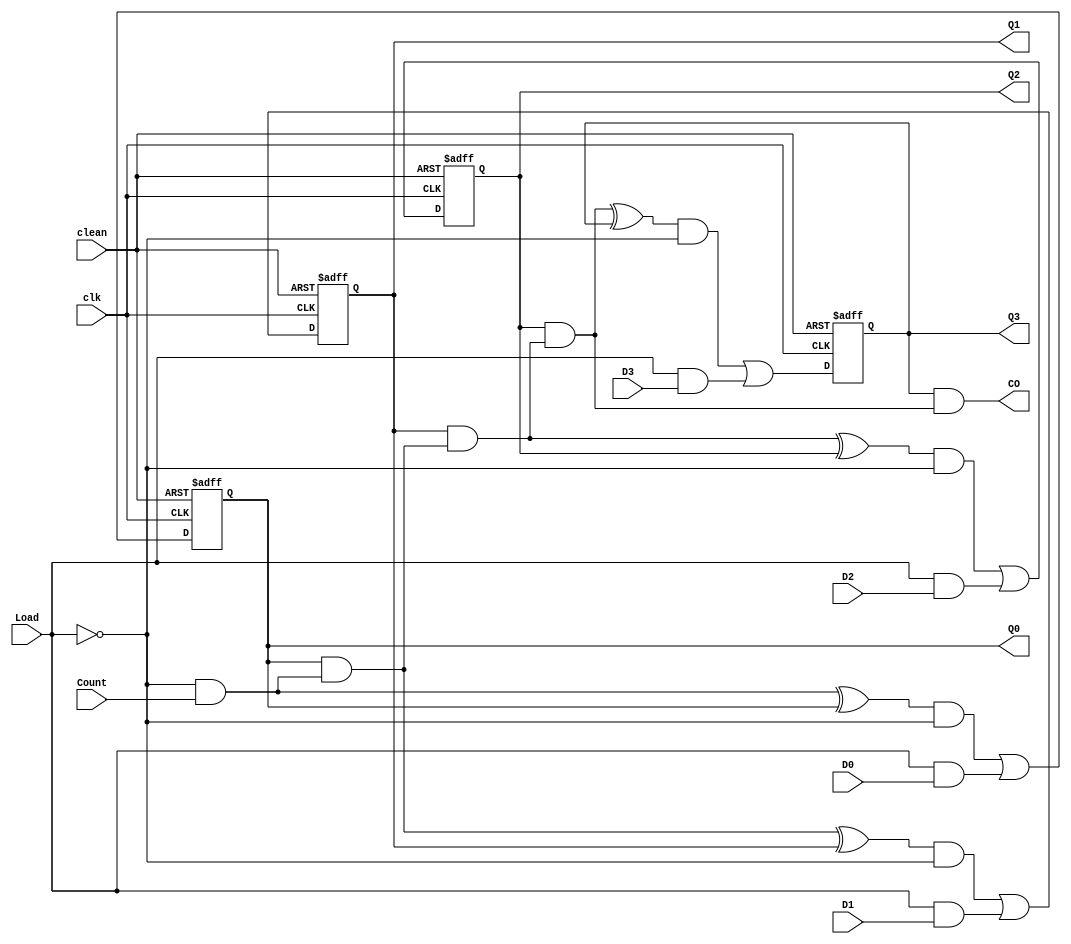
// Copyright (C) 1991-2010 Altera Corporation
// Your use of Altera Corporation's design tools, logic functions 
// and other software and tools, and its AMPP partner logic 
// functions, and any output files from any of the foregoing 
// (including device programming or simulation files), and any 
// associated documentation or information are expressly subject 
// to the terms and conditions of the Altera Program License 
// Subscription Agreement, Altera MegaCore Function License 
// Agreement, or other applicable license agreement, including, 
// without limitation, that your use is for the sole purpose of 
// programming logic devices manufactured by Altera and sold by 
// Altera or its authorized distributors.  Please refer to the 
// applicable agreement for further details.

// PROGRAM		"Quartus II"
// VERSION		"Version 10.0 Build 218 06/27/2010 SJ Web Edition"
// CREATED		"Fri Oct 25 15:17:14 2019"

module counter(
	Load,
	Count,
	clk,
	D0,
	D1,
	D2,
	D3,
	clean,
	Q0,
	Q1,
	Q2,
	Q3,
	CO
);


input wire	Load;
input wire	Count;
input wire	clk;
input wire	D0;
input wire	D1;
input wire	D2;
input wire	D3;
input wire	clean;
output wire	Q0;
output wire	Q1;
output wire	Q2;
output wire	Q3;
output wire	CO;

wire	SYNTHESIZED_WIRE_0;
wire	SYNTHESIZED_WIRE_1;
wire	SYNTHESIZED_WIRE_2;
wire	SYNTHESIZED_WIRE_29;
wire	SYNTHESIZED_WIRE_4;
wire	SYNTHESIZED_WIRE_6;
wire	SYNTHESIZED_WIRE_8;
reg	SYNTHESIZED_WIRE_30;
wire	SYNTHESIZED_WIRE_31;
wire	SYNTHESIZED_WIRE_12;
reg	SYNTHESIZED_WIRE_32;
wire	SYNTHESIZED_WIRE_33;
wire	SYNTHESIZED_WIRE_34;
reg	SYNTHESIZED_WIRE_35;
wire	SYNTHESIZED_WIRE_36;
reg	SYNTHESIZED_WIRE_37;
wire	SYNTHESIZED_WIRE_20;
wire	SYNTHESIZED_WIRE_21;
wire	SYNTHESIZED_WIRE_22;
wire	SYNTHESIZED_WIRE_23;
wire	SYNTHESIZED_WIRE_24;
wire	SYNTHESIZED_WIRE_25;
wire	SYNTHESIZED_WIRE_26;
wire	SYNTHESIZED_WIRE_27;
wire	SYNTHESIZED_WIRE_28;

assign	Q0 = SYNTHESIZED_WIRE_30;
assign	Q1 = SYNTHESIZED_WIRE_32;
assign	Q2 = SYNTHESIZED_WIRE_35;
assign	Q3 = SYNTHESIZED_WIRE_37;




always@(posedge clk or negedge clean)
begin
if (!clean)
	begin
	SYNTHESIZED_WIRE_30 = 0;
	end
else
	begin
	SYNTHESIZED_WIRE_30 = SYNTHESIZED_WIRE_0;
	end
end


always@(posedge clk or negedge clean)
begin
if (!clean)
	begin
	SYNTHESIZED_WIRE_32 = 0;
	end
else
	begin
	SYNTHESIZED_WIRE_32 = SYNTHESIZED_WIRE_1;
	end
end

assign	SYNTHESIZED_WIRE_21 = SYNTHESIZED_WIRE_2 & SYNTHESIZED_WIRE_29;

assign	SYNTHESIZED_WIRE_24 = Load & D1;

assign	SYNTHESIZED_WIRE_23 = SYNTHESIZED_WIRE_4 & SYNTHESIZED_WIRE_29;

assign	SYNTHESIZED_WIRE_26 = Load & D2;

assign	SYNTHESIZED_WIRE_25 = SYNTHESIZED_WIRE_6 & SYNTHESIZED_WIRE_29;

assign	SYNTHESIZED_WIRE_28 = Load & D3;

assign	SYNTHESIZED_WIRE_27 = SYNTHESIZED_WIRE_8 & SYNTHESIZED_WIRE_29;

assign	SYNTHESIZED_WIRE_29 =  ~Load;

assign	SYNTHESIZED_WIRE_31 = SYNTHESIZED_WIRE_29 & Count;

assign	SYNTHESIZED_WIRE_33 = SYNTHESIZED_WIRE_30 & SYNTHESIZED_WIRE_31;


always@(posedge clk or negedge clean)
begin
if (!clean)
	begin
	SYNTHESIZED_WIRE_35 = 0;
	end
else
	begin
	SYNTHESIZED_WIRE_35 = SYNTHESIZED_WIRE_12;
	end
end

assign	SYNTHESIZED_WIRE_34 = SYNTHESIZED_WIRE_32 & SYNTHESIZED_WIRE_33;

assign	SYNTHESIZED_WIRE_2 = SYNTHESIZED_WIRE_31 ^ SYNTHESIZED_WIRE_30;

assign	SYNTHESIZED_WIRE_4 = SYNTHESIZED_WIRE_33 ^ SYNTHESIZED_WIRE_32;

assign	SYNTHESIZED_WIRE_6 = SYNTHESIZED_WIRE_34 ^ SYNTHESIZED_WIRE_35;

assign	SYNTHESIZED_WIRE_8 = SYNTHESIZED_WIRE_36 ^ SYNTHESIZED_WIRE_37;

assign	SYNTHESIZED_WIRE_36 = SYNTHESIZED_WIRE_35 & SYNTHESIZED_WIRE_34;

assign	CO = SYNTHESIZED_WIRE_37 & SYNTHESIZED_WIRE_36;


always@(posedge clk or negedge clean)
begin
if (!clean)
	begin
	SYNTHESIZED_WIRE_37 = 0;
	end
else
	begin
	SYNTHESIZED_WIRE_37 = SYNTHESIZED_WIRE_20;
	end
end

assign	SYNTHESIZED_WIRE_0 = SYNTHESIZED_WIRE_21 | SYNTHESIZED_WIRE_22;

assign	SYNTHESIZED_WIRE_1 = SYNTHESIZED_WIRE_23 | SYNTHESIZED_WIRE_24;

assign	SYNTHESIZED_WIRE_12 = SYNTHESIZED_WIRE_25 | SYNTHESIZED_WIRE_26;

assign	SYNTHESIZED_WIRE_20 = SYNTHESIZED_WIRE_27 | SYNTHESIZED_WIRE_28;

assign	SYNTHESIZED_WIRE_22 = Load & D0;


endmodule